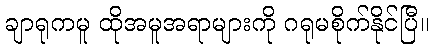
ချာရုကမူ ထိုအမူအရာများကို ဂရုမစိုက်နိုင်ပြီ။